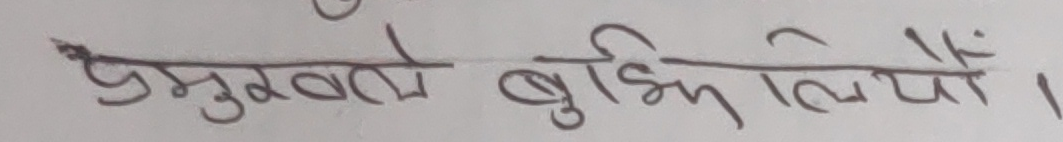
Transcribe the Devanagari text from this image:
प्रमुखले बुझि लिए।